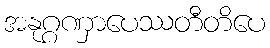
အနုဂ္ဂဏှာပေဿတီတိပေ